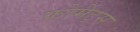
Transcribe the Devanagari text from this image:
फोर्मेट्स